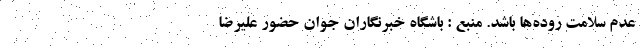
عدم سلامت روده‌ها باشد. منبع : باشگاه خبرنگاران جوان حضور علیرضا